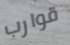
قوارب